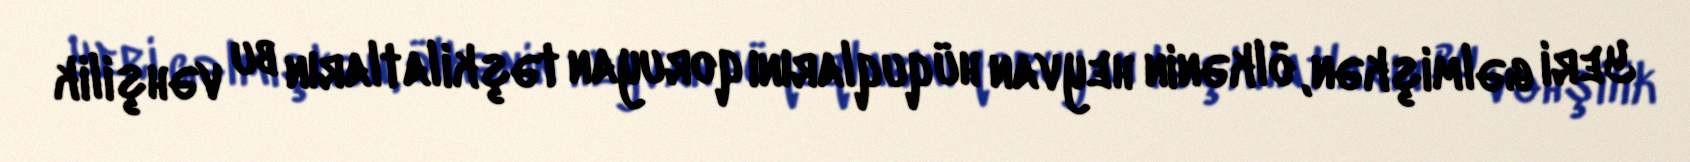
Yeri gəlmişkən, ölkənin heyvan hüquqlarını qoruyan təşkilatların bu vəhşilik